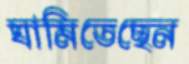
ঘামিতেছেন